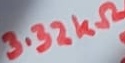
Text: 3.32KΩ